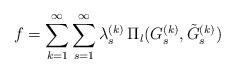
LaTeX: \begin{align*} f=\sum_{k=1}^{\infty} \sum_{s=1}^\infty \lambda_{s}^{(k)} \,\Pi_{l}(G_s^{(k)},\tilde G_{s}^{(k)})\end{align*}